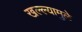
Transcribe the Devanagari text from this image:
खल्ल्यामुळे